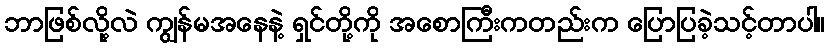
ဘာဖြစ်လို့လဲ ကျွန်မအနေနဲ့ ရှင်တို့ကို အစောကြီးကတည်းက ပြောပြခဲ့သင့်တာပါ။